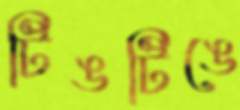
টিঙটিঙে